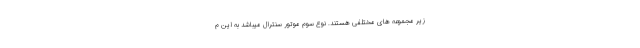
زیر مجموعه های مختلفی هستند. نوع سوم موتور سنترال میباشد به این م